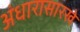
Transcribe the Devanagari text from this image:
अंधारासारखे